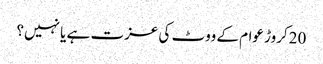
20کروڑ عوام کے ووٹ کی عزت ہے یا نہیں؟